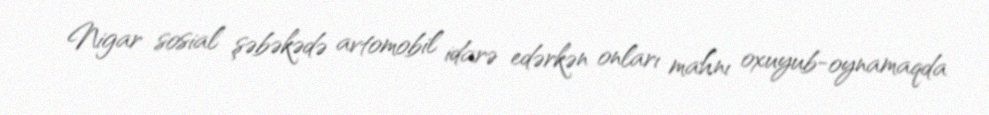
Nigar sosial şəbəkədə avtomobil idarə edərkən onları mahnı oxuyub-oynamaqda